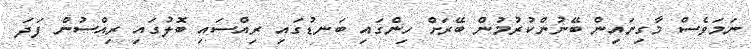
ނަމަވެސް މާގިނައިން ބޭނުންކުރުމުން ބޭރަށް ހިންގައި ބަނޑުގައި ރިއްސައި ބޮލުގައި ރިއްސުން ފަދަ